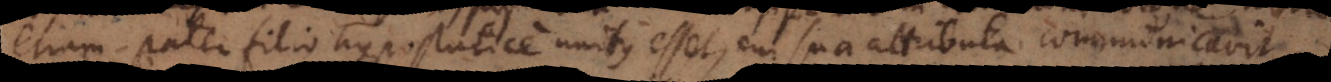
etiam pater filio hypostatice unitus esset, cui sua attributa communicavit.